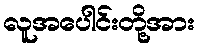
လူအပေါင်းတို့အား